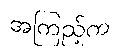
အကြည့်က